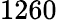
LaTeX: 1260